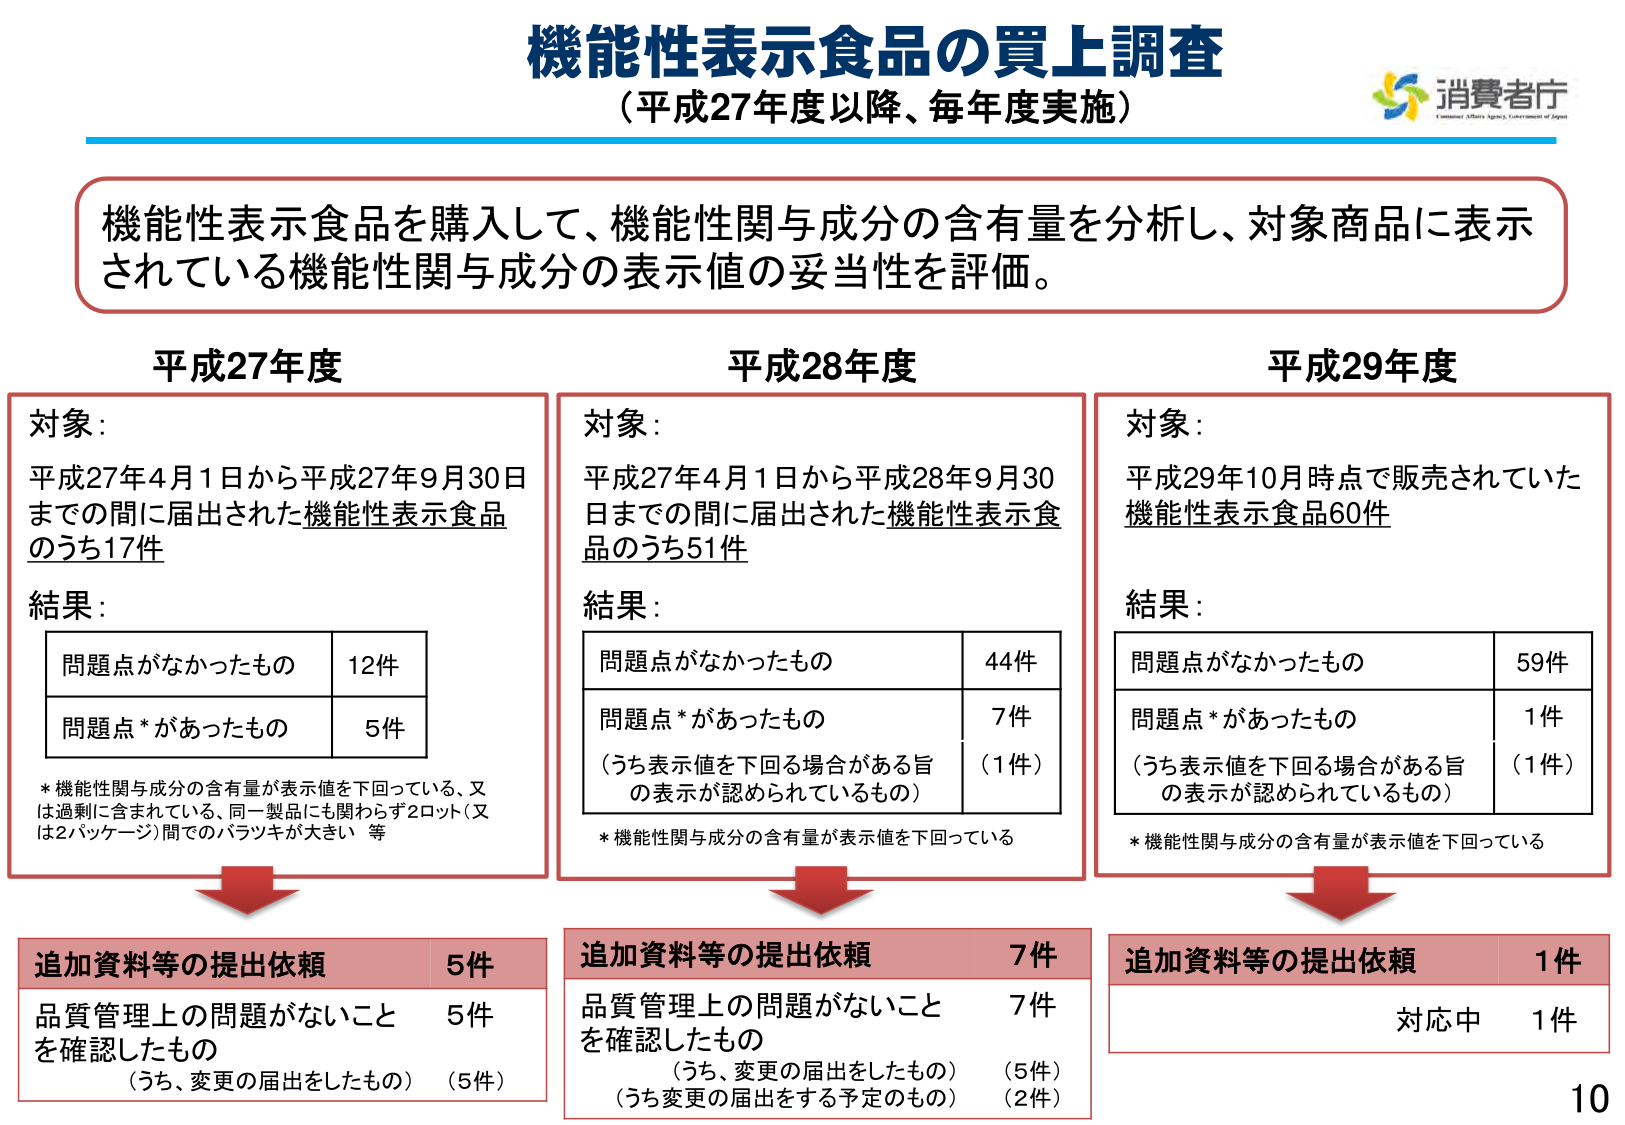
機能性表示食品の買上調査
（平成27年度以降、毎年度実施）

消費者庁
Consumer Affairs Agency, Government of Japan

機能性表示食品を購入して、機能性関与成分の含有量を分析し、対象商品に表示されている機能性関与成分の表示値の妥当性を評価。

平成27年度
対象：
平成27年4月1日から平成27年9月30日までの間に届出された機能性表示食品のうち17件

結果：
問題点がなかったもの　12件
問題点*があったもの　5件

* 機能性関与成分の含有量が表示値を下回っている、又は過剰に含まれている、同一製品にも関わらず2ロット（又は2パッケージ）間でのバラツキが大きい 等

追加資料等の提出依頼　5件
品質管理上の問題がないことを確認したもの　5件
（うち、変更の届出をしたもの）（5件）

平成28年度
対象：
平成27年4月1日から平成28年9月30日までの間に届出された機能性表示食品のうち51件

結果：
問題点がなかったもの　44件
問題点*があったもの　7件
（うち表示値を下回る場合がある旨の表示が認められているもの）（1件）

* 機能性関与成分の含有量が表示値を下回っている

追加資料等の提出依頼　7件
品質管理上の問題がないことを確認したもの　7件
（うち、変更の届出をしたもの）（5件）
（うち変更の届出をする予定のもの）（2件）

平成29年度
対象：
平成29年10月時点で販売されていた機能性表示食品60件

結果：
問題点がなかったもの　59件
問題点*があったもの　1件
（うち表示値を下回る場合がある旨の表示が認められているもの）（1件）

* 機能性関与成分の含有量が表示値を下回っている

追加資料等の提出依頼　1件
対応中　1件

10